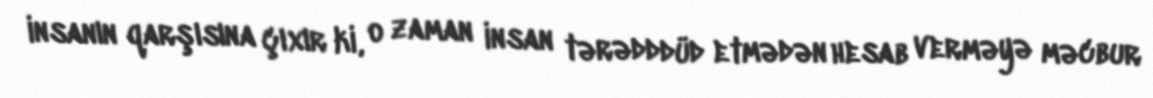
insanın qarşısına çıxır ki, o zaman insan tərədddüd etmədən hesab verməyə məcbur